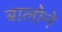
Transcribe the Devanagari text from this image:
बालोने